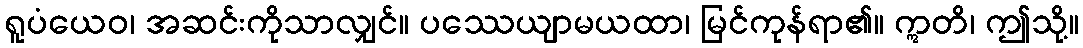
ရူပံယေဝ၊ အဆင်းကိုသာလျှင်။ ပဿေယျာမယထာ၊ မြင်ကုန်ရာ၏။ ဣတိ၊ ဤသို့။